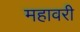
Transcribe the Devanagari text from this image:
महावरी